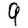
Digit: 9